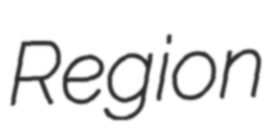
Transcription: Region